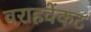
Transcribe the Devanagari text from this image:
वराहवेंकट